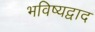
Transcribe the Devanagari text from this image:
भविष्यद्वाद